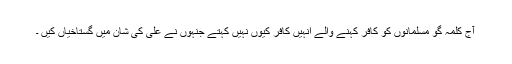
آج کلمہ گو مسلمانوں کو کافر کہنے والے انہیں کافر کیوں نہیں کہتے جنہوں نے علی کی شان میں گستاخیاں کیں ۔